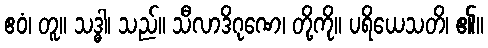
ဧဝံ၊ တူ။ သဒ္ဓါ၊ သည်။ သီလာဒိဂုဏေ၊ တို့ကို။ ပရိယေသတိ၊ ၏။